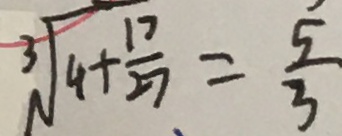
\sqrt [ 3 ] { 4 + \frac { 1 7 } { 2 7 } } = \frac { 5 } { 3 }